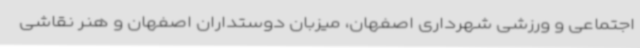
اجتماعی و ورزشی شهرداری اصفهان، میزبان دوستداران اصفهان و هنر نقاشی